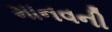
માનવની